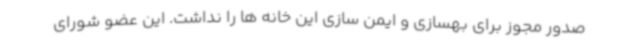
صدور مجوز برای بهسازی و ایمن سازی این خانه ها را نداشت. این عضو شورای